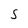
Character: S